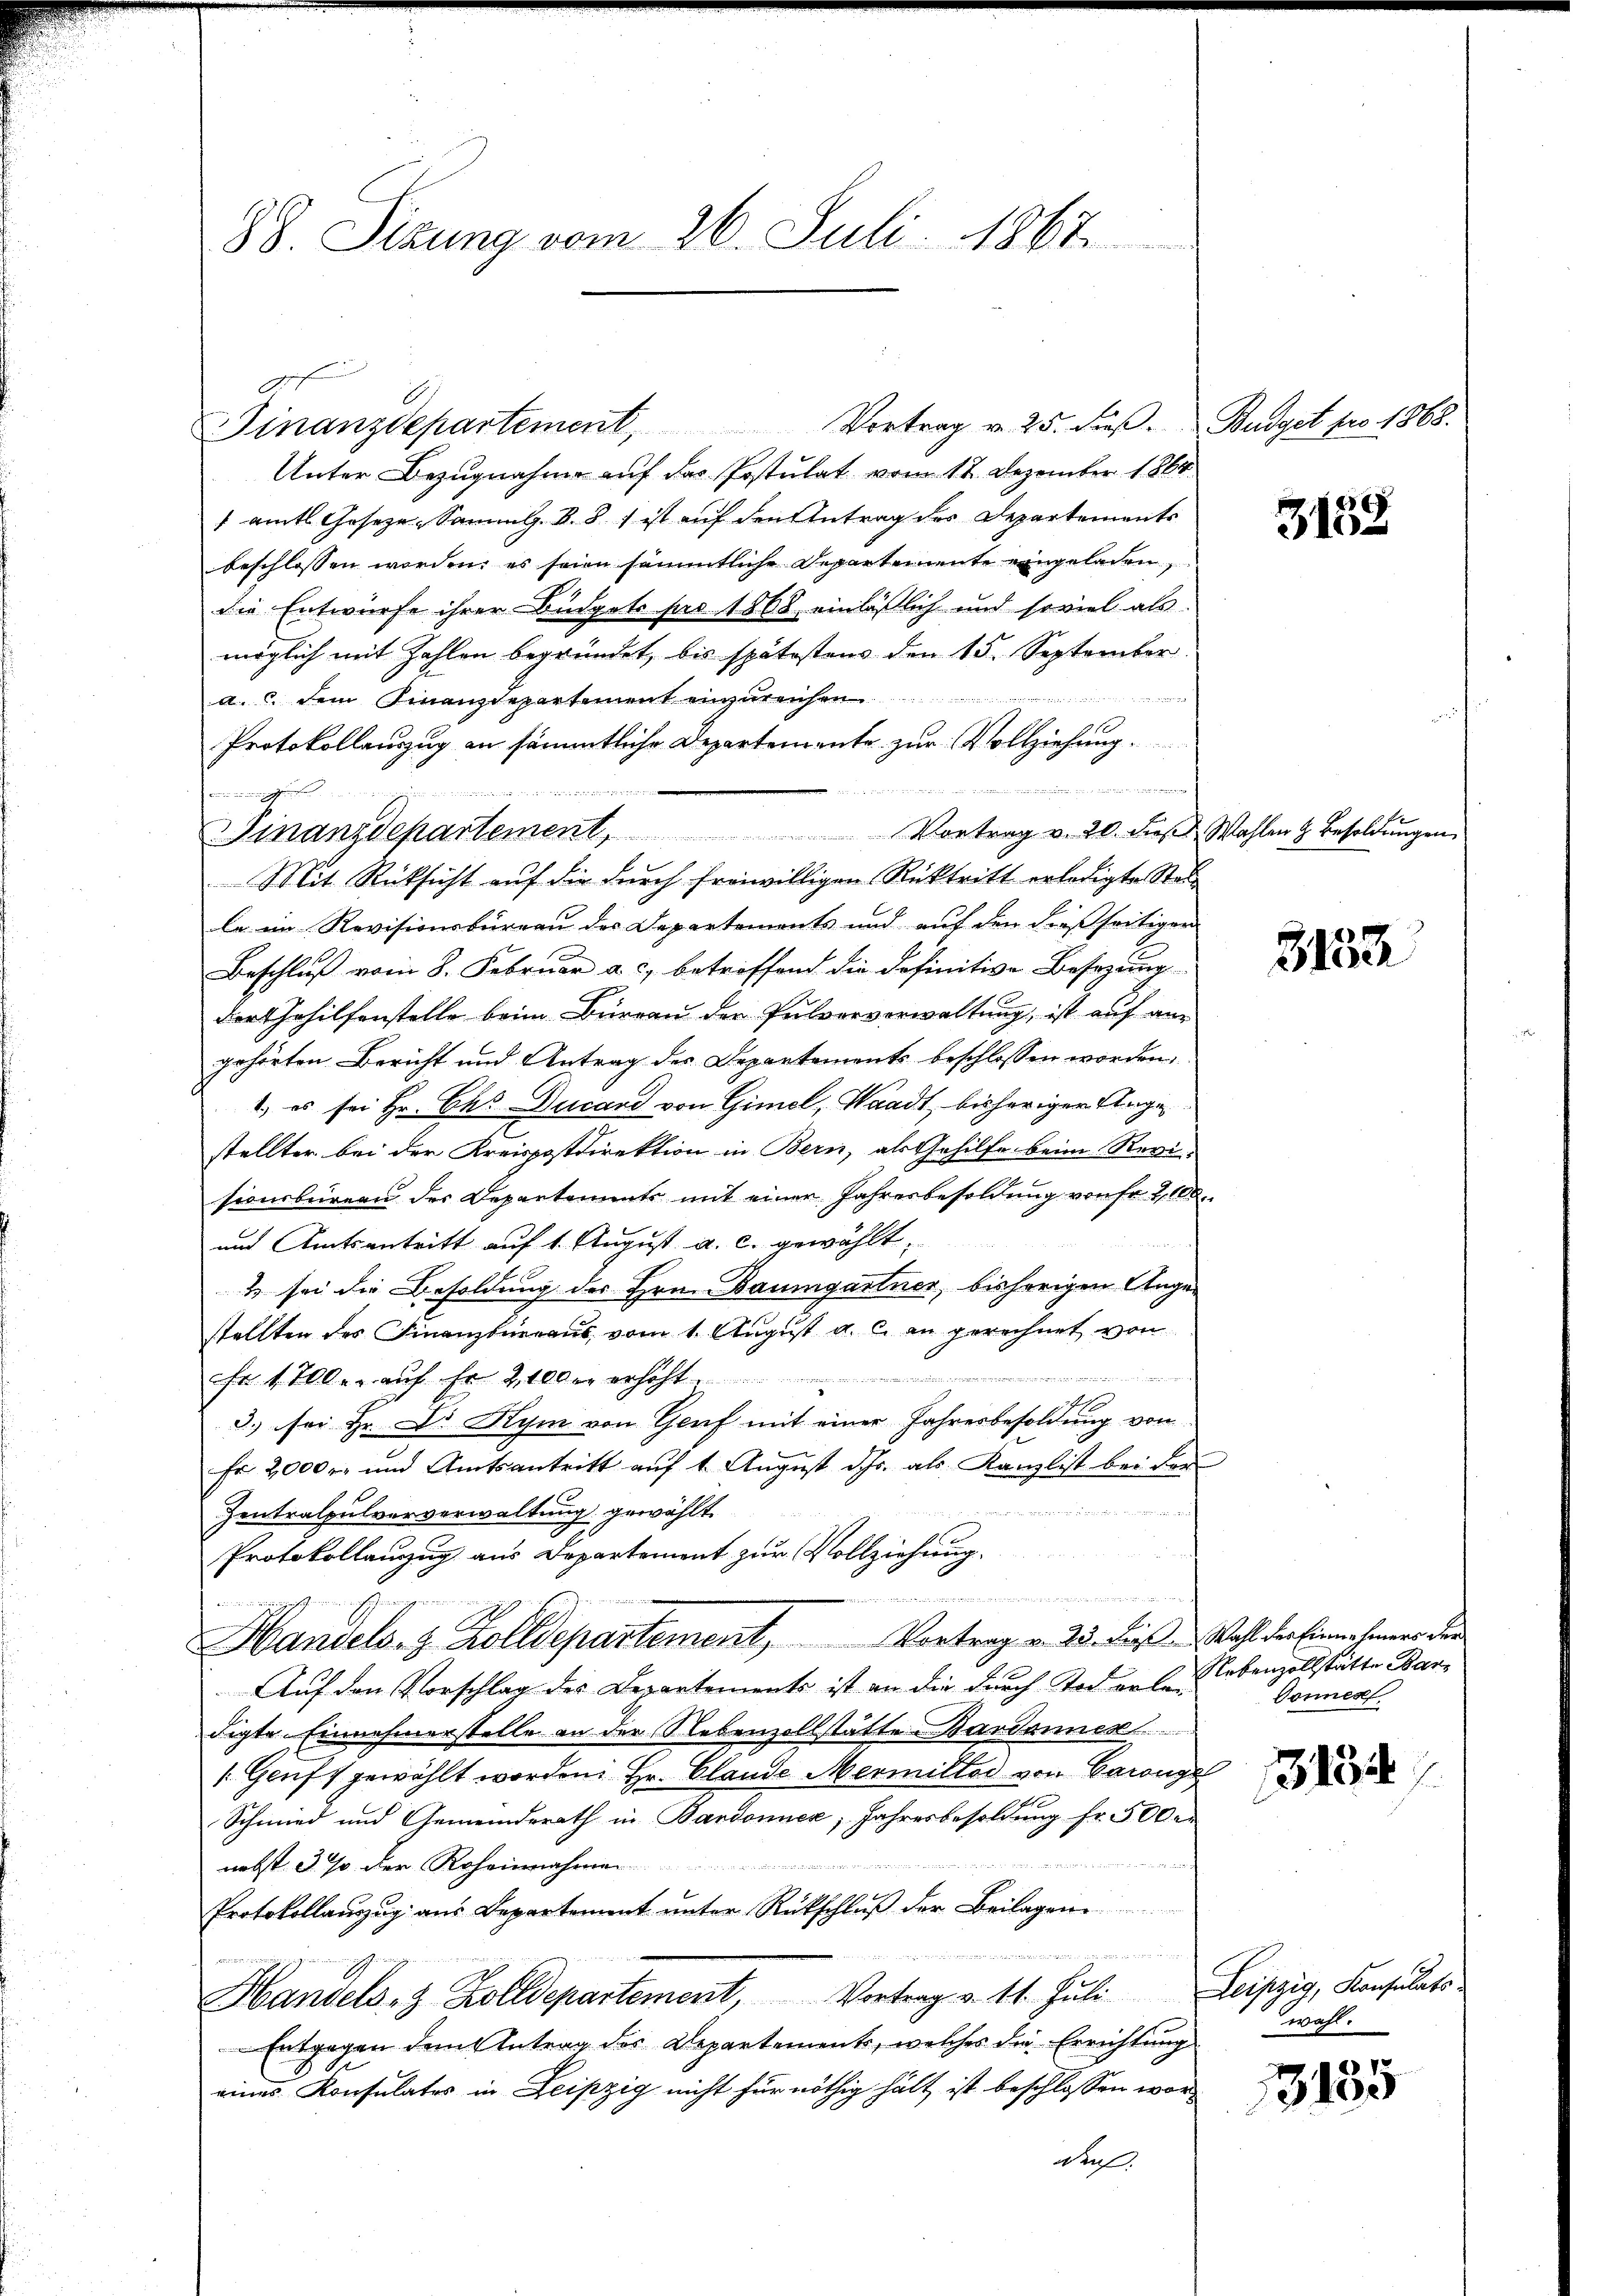
88. Sizung vom 26. Juli 1867

Unter Bezugnahme auf das Postulat vom 12. Dezember 1864
 amtl. Geseze, Sammlg. B. S. 1 ist auf den Antrag des Departements
beschlossen worden, es seien sämmtliche Departemente eingeladen,
die Entwurfe ihrer Budgets pro 1868 einläßlich und soviel als
möglich mit Zahlen begründet, bis spätostens den 15. September

a. c. dem Finanzdepartement einzŭreichen
Protokollauszug an sämmtliche Departemente zur Vollziehung

B
Binnen an und ihnen
Mit Rücksicht auf die durch freiwilligen Rücktritt erledigte Steile ein Revisionsbüreau des Departements und auf den dießseitigen
Beschluß vom 8. Februar a. c. betreffend die Definitive Besizung
dor Gehilfenstelle beim Büreau der Pulververwaltung, ist auf angehörten Bericht und Antrag des Departements beschlossen worden.
1) es sei Hr. Chs Ducand von Gimel, Waadt, bisherigen Angestellter bei der Kreispostdirektion in Bern, als Gehilfe beim Revi-
sionsbüreau der Departements mit einer Jahresbesoldung von Fr. 2100.
und Amtsantritt auf 1. August a. c. gewählt:
 sei die Besoldung des Hrn. Baumgartner, bisherigen Angestellten des Finanzbüreaus vom 1. August a. c. an gerechnet von
ne an einen
fr. 1 700.- aŭf fr. 2, 1000 erhöht.
3. sei Hr. Dr Kym von Genf mit einer Jahresbesoldung von
Fr 2000 r. und Amtsantritt auf 1 August dhr. als Kanzlist bei der

Zentralpulververwaltung gewählt.
Protokollauzug aus Departement zur Vollziehung.
r
Handels- & Zolldepartement, Vortrag v. 23. Diese Wahl der Einnahmes der
Auf den Vorschlag des Departements ist an die durch Tod erle¬
Figte. Einnehmerstelle an der Nebenzollstätte Bandamner
s. Genf gewählt worden. Hr. Blande Mermiller von Baron
Schmied und Gemeinderath in Bardonner, Jahresbesoldung fr. 500.

nebst 3 % der Roheinnahmen
Protokollanzzug aus Departement unter Rückschluß der Beilagen
          die in den
t
Handels- & Zolldepartement, Vortrag v. 11. Jŭli Leipzig, Konsulats.
Entgegen dem Antrag des Departements, welches die Errichtung
eines Konsulates in Leipzig nicht für nöthig hält ist beschlossen wor¬
Wal.

Finanzdepartement, Vortrag v. 20. dieβ Wahlen & Besoldŭngen

Finanzdepartement, Vortrag v. 25. dieβ. Budget pro 1868.

3152

3133

Nebenzollstätte Bar
Donnes

3154

wahl.

e
3180